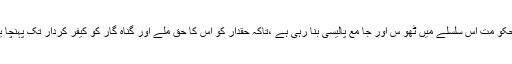
صو با ئی حکو مت اس سلسلے میں ٹھو س اور جا مع پالیسی بنا رہی ہے ،تاکہ حقدار کو اس کا حق ملے اور گناہ گار کو کیفر کردار تک پہنچا یا جا سکے۔